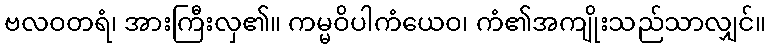
ဗလဝတရံ၊ အားကြီးလှ၏။ ကမ္မဝိပါကံယေဝ၊ ကံ၏အကျိုးသည်သာလျှင်။